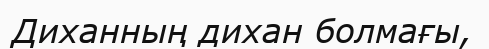
Диханның дихан болмағы,